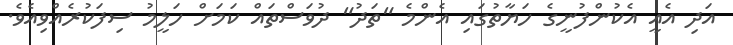
އަދި އެއީ އެކުންފުނީގެ ހަޔާތުގައި އެންމެ "ތަދު" ދުވަސްތައް ކަމަށް ހަލީމު ސިފަކުރެއްވިއެވެ.